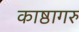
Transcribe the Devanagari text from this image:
काष्ठागरु